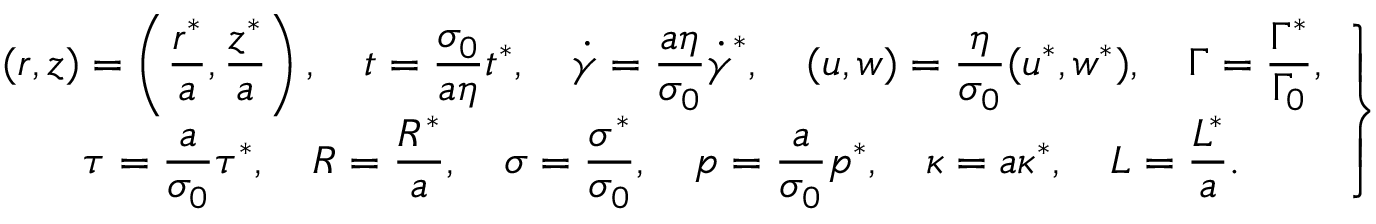
\left. \begin{array} { c } { \displaystyle ( r , z ) = \left( \frac { r ^ { * } } { a } , \frac { z ^ { * } } { a } \right) , \quad { t } = \frac { \sigma _ { 0 } } { a \eta } t ^ { * } , \quad \boldsymbol { \dot { \gamma } } = \frac { a \eta } { \sigma _ { 0 } } \boldsymbol { \dot { \gamma } } ^ { * } , \quad ( { u } , { w } ) = \frac { \eta } { \sigma _ { 0 } } ( u ^ { * } , w ^ { * } ) , \quad \Gamma = \frac { \Gamma ^ { * } } { \Gamma _ { 0 } } , } \\ { \displaystyle \boldsymbol { \tau } = \frac { a } { \sigma _ { 0 } } \boldsymbol { \tau } ^ { * } , \quad R = \frac { R ^ { * } } { a } , \quad \sigma = \frac { \sigma ^ { * } } { \sigma _ { 0 } } , \quad p = \frac { a } { \sigma _ { 0 } } p ^ { * } , \quad \kappa = a \kappa ^ { * } , \quad L = \frac { L ^ { * } } { a } . } \end{array} \right\}